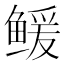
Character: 𲍗